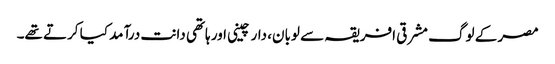
مصر کے لوگ مشرقی افریقہ سے لوبان، دار چینی اور ہاتھی دانت درآمد کیا کرتے تھے۔